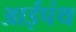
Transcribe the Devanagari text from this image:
आईपंथ